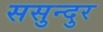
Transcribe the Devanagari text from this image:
ससुन्दुर